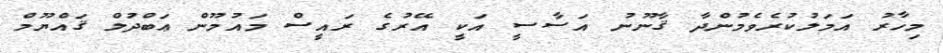
މިހާރު އަމަލުކުރެވެމުންދާ ޤާނޫނު އަސާސީ އަކީ އޭރުގެ ރައީސް މައުމޫން ޢަބްދުލް ޤައްޔޫމް